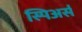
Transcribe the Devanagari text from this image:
स्पिअर्स